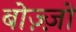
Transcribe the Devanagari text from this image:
बोज़्ज़ो